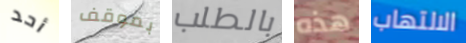
أحد بموقف بالطلب هذه الالتهاب